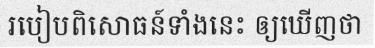
របៀបពិសោធន៍ទាំងនេះ ឲ្យឃើញថា